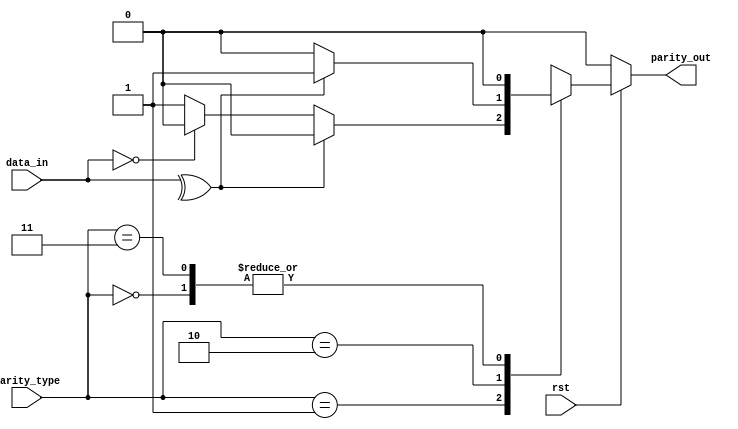
module parity (
    input [7:0] data_in ,
    input rst ,
    input [1:0] parity_type ,
    output reg parity_out 
);
        
always @(*) begin
    
    if (~rst) begin   //active_LOW reset 
        parity_out =0;
    end
    else begin
    
    case (parity_type)
       
        2'b00:
          parity_out<=0;     //No parity

        
        
        2'b01:               //odd parity
            if (^ data_in ) begin
            parity_out<=0;
         end
         else if ( data_in==0 ) begin
            parity_out<=0;
         end
         
         else begin parity_out<=1;
         
         end

    
        2'b10:               //even parity
            
            if (^ data_in ) begin
            parity_out<=1;
         end
         else begin parity_out<=0;
         
         end       
        2'b11:              // no parity on the serial frame
         parity_out<=0;    

        default: parity_out<=0; //for any other unexpected values 
    
    endcase 
    end
end


endmodule